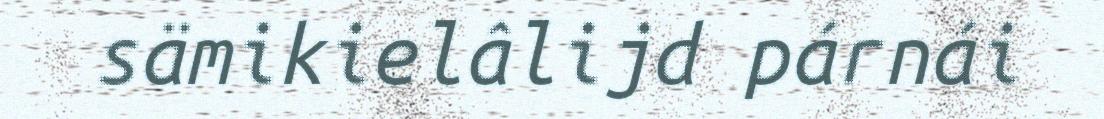
sämikielâlijd párnái